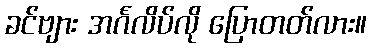
ခင်ဗျား အင်္ဂလိပ်လို ပြောတတ်လား။